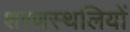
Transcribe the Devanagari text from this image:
शरणस्थलियों